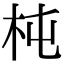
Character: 杶